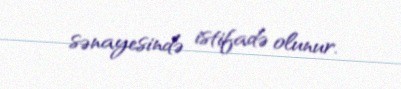
sənayesində istifadə olunur.